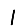
Digit: 1